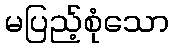
မပြည့်စုံသော